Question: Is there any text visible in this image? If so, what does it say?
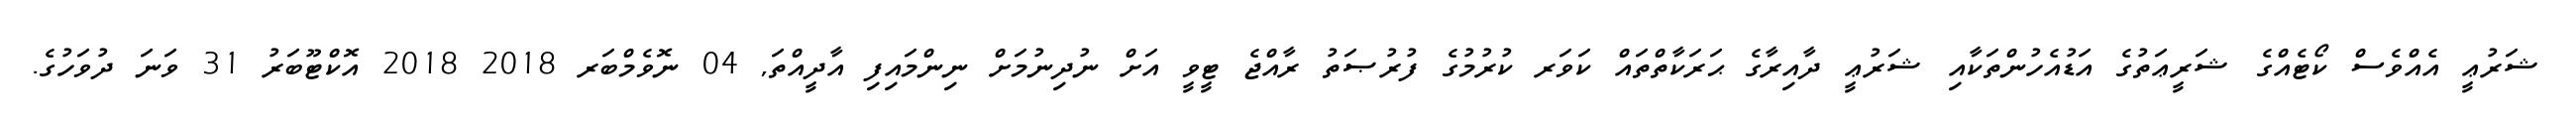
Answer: ޝަރުޢީ އެއްވެސް ކޯޓެއްގެ ޝަރީޢަތުގެ އަޑުއެހުންތަކާއި ޝަރުޢީ ދާއިރާގެ ޙަރަކާތްތައް ކަވަރ ކުރުމުގެ ފުރުޞަތު ރާއްޖެ ޓީވީ އަށް ނުދިނުމަށް ނިންމައިފި އާދީއްތަ, 04 ނޮވެމްބަރ 2018 2018 އޮކްޓޫބަރު 31 ވަނަ ދުވަހުގެ.